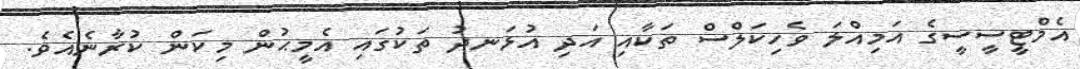
އެމްޓީސީސީގެ އަމިއްލަ ވެހިކަލްސް ތަކާއި އަދި އުޅަނދު ތަކުގައި އެމީޙުން މިކަން ކުރާނެއެވެ.